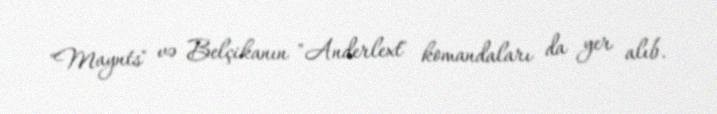
"Maynts" və Belçikanın "Anderlext" komandaları da yer alıb.